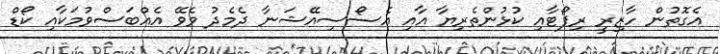
އެގޮތުން ހާޒިރީ ރިޕޯޓާއި ކުޅުންތެރިޔާ އާއި އެސޯސިއޭޝަނާ ދެމެދު ވެވޭ އެއްބަސްވުމަކާއި ކޯޑް